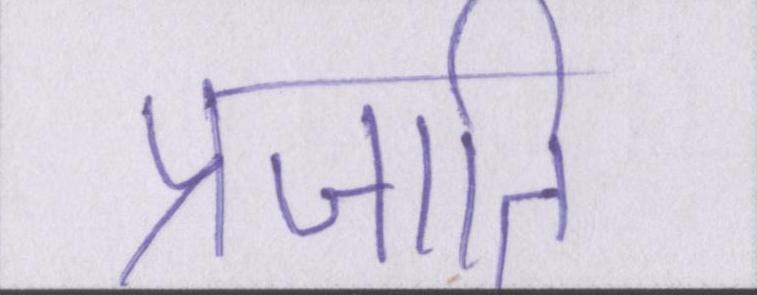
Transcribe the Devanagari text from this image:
प्रजाति